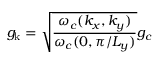
g _ { \mathrm { k } } = \sqrt { \frac { \omega _ { c } ( { k _ { x } , k _ { y } } ) } { \omega _ { c } ( 0 , \pi / L _ { y } ) } } g _ { c }